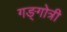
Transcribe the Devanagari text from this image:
गङ्गोत्री